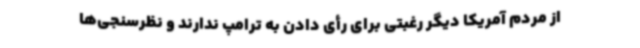
از مردم آمریکا دیگر رغبتی برای رأی دادن به ترامپ ندارند و نظرسنجی‌ها